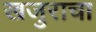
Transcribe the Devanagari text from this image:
खजुराचा